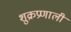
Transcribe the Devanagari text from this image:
शुक्रप्रणाली